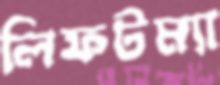
লিফটম্যা